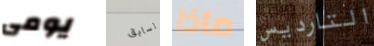
يومى لسابق ماذا التارديس